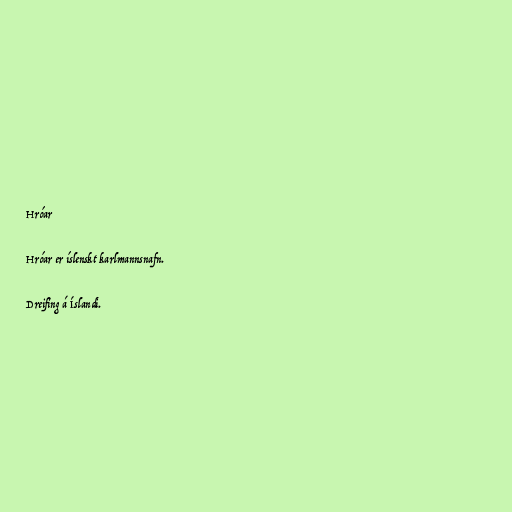
Hróar

Hróar er íslenskt karlmannsnafn.

Dreifing á Íslandi.